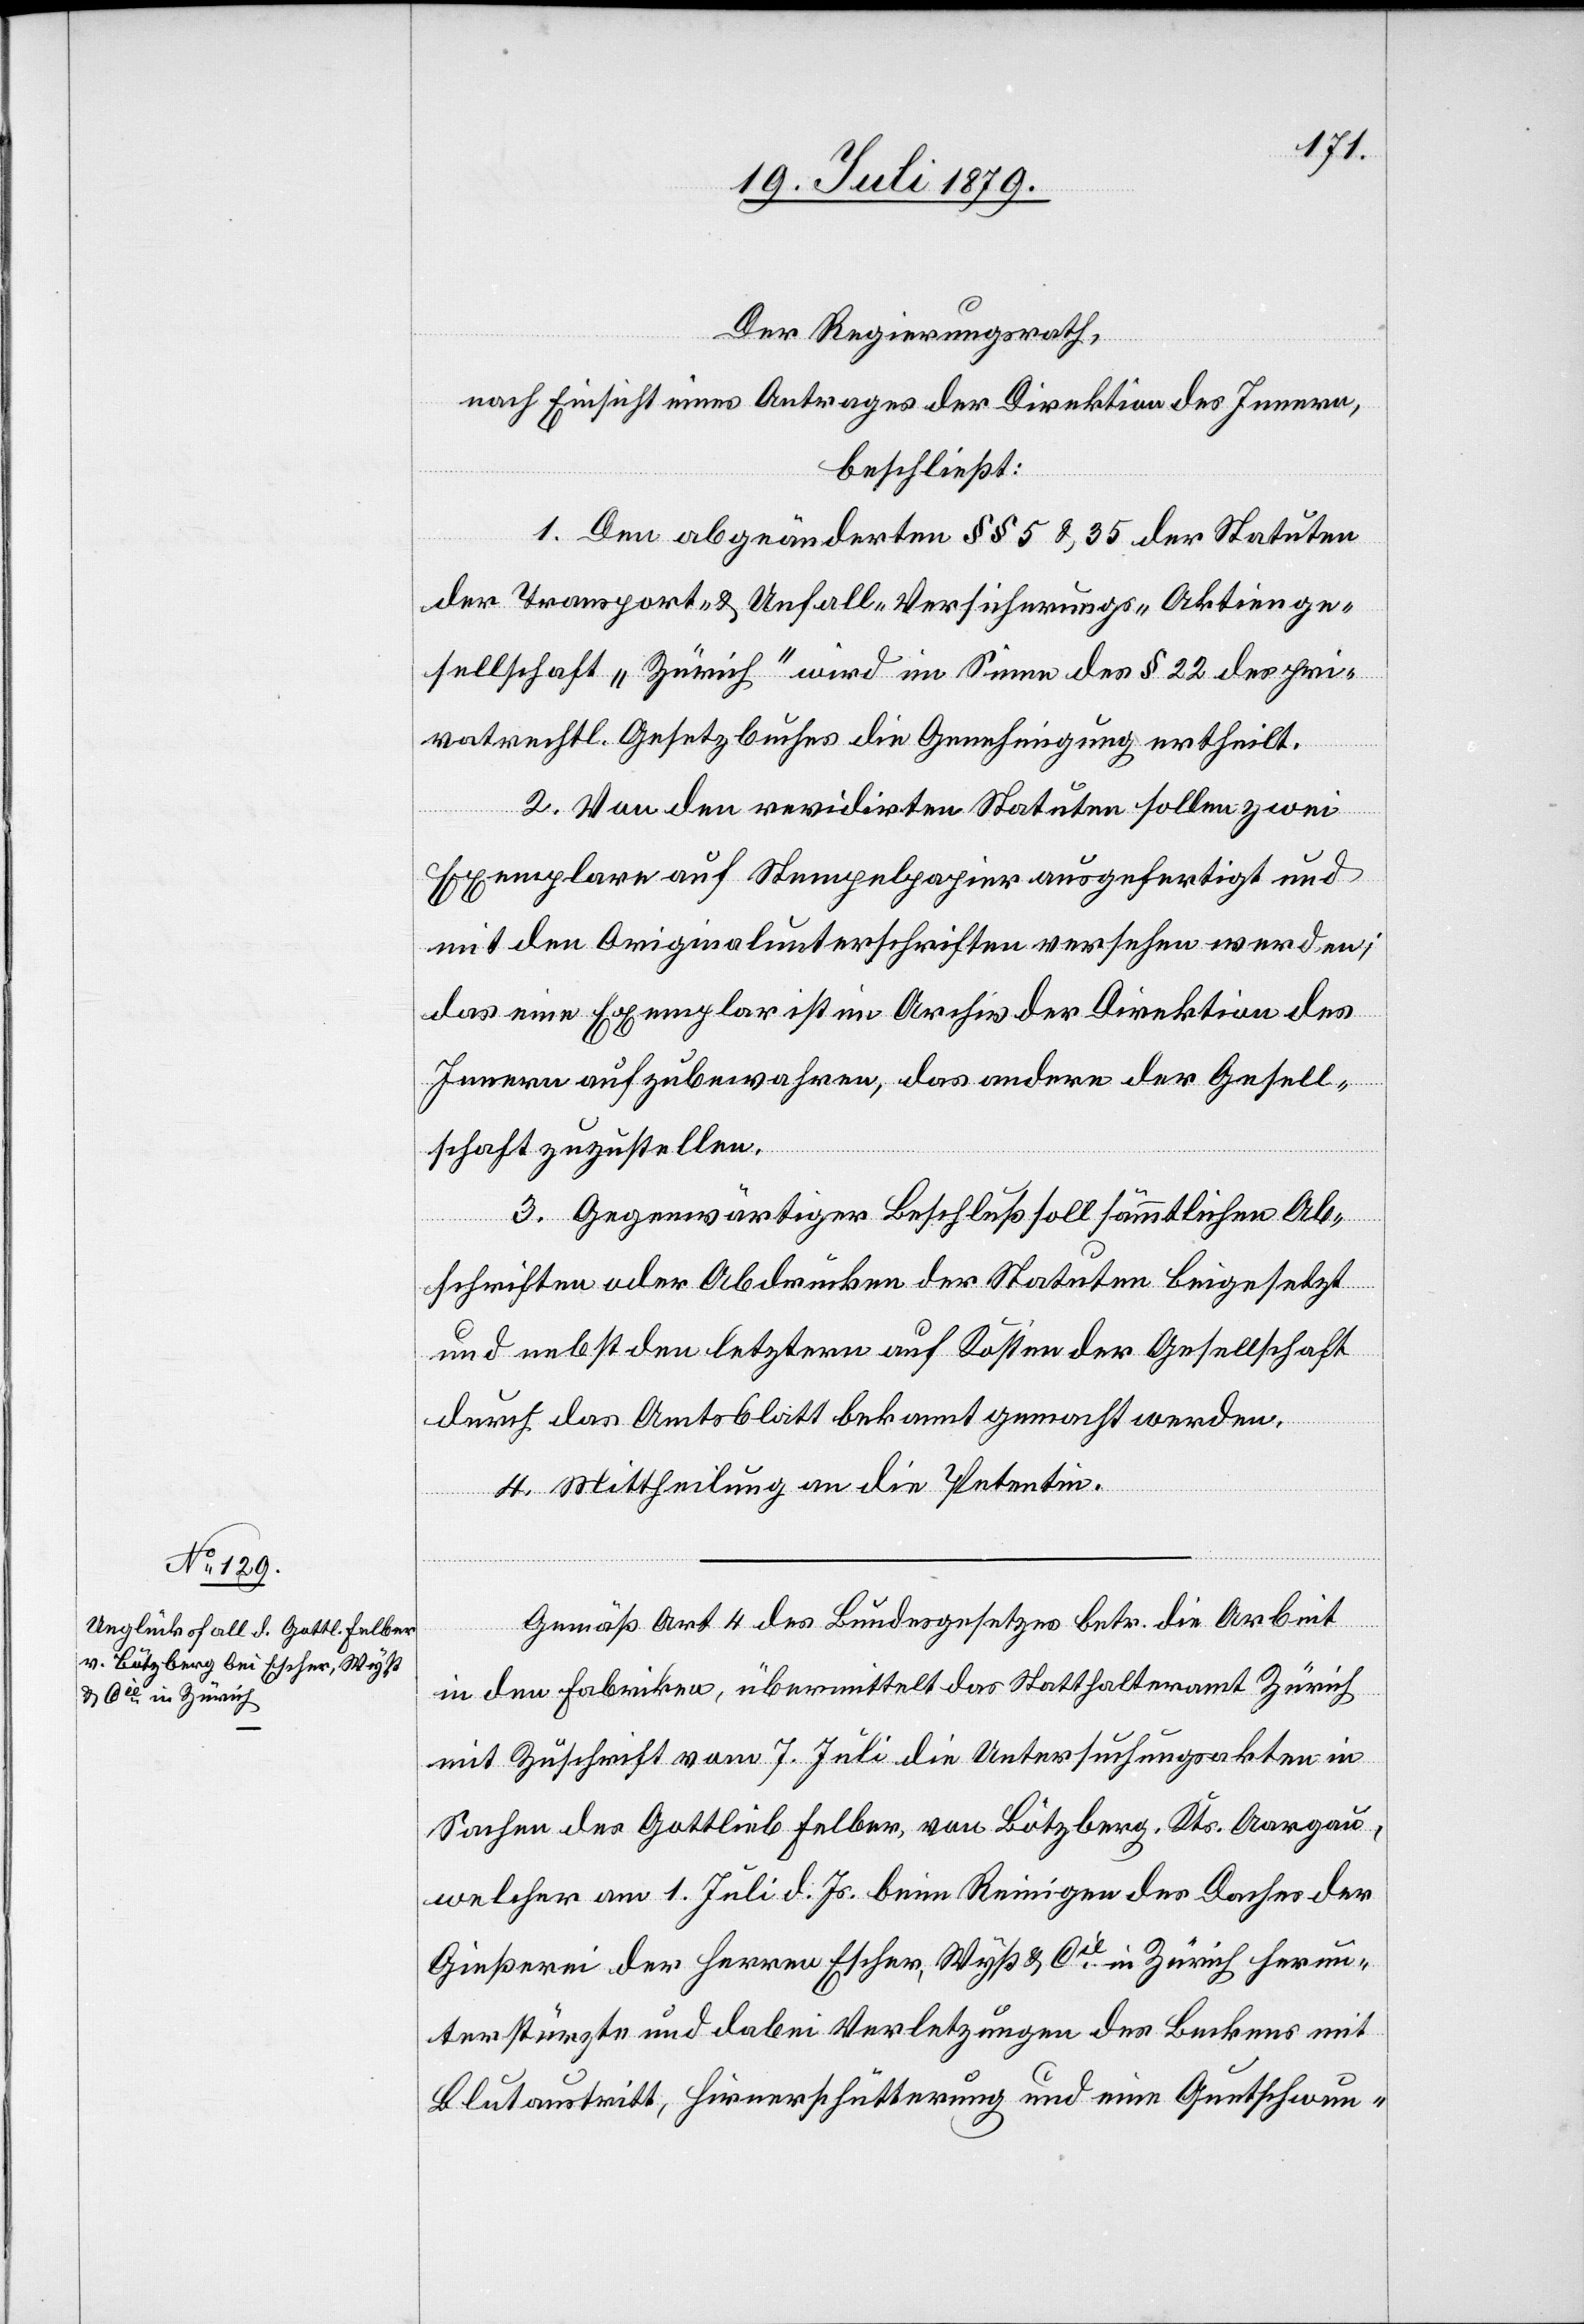
Der Regierungsrath,
nach Einsicht eines Antrages der Direktion des Innern,
beschließt:
1. Den abgeänderten §§ 5 & 35 der Statuten
der Transport- & Unfall-Versicherungs-Aktienge¬
sellschaft „Zürich“ wird im Sinne des § 22 des pri¬
vatrechtl. Gesetzbuches die Genehmigung ertheilt.
2. Von den revidirten Statuten sollen zwei
Exemplare auf Stempelpapier ausgefertigt und
mit den Originalunterschriften versehen werden;
das eine Exemplar ist im Archiv der Direktion des
Innern aufzubewahren, das andere der Gesell¬
schaft zuzustellen.
3. Gegenwärtiger Beschluß soll sämmtlichen Ab¬
schriften oder Abdrücken der Statuten beigesetzt
und nebst den letztern auf Kosten der Gesellschaft
durch das Amtsblatt bekannt gemacht werden.
4. Mittheilung an die Petentin.
Gemäß Art. 4 des Bundesgesetzes betr. die Arbeit
in den Fabriken, übermittelt das Statthalteramt Zürich
mit Zuschrift vom 7. Juli die Untersuchungsakten in
Sachen des Gottlieb Felber, von Bötzberg, Kts. Aargau,
welcher am 1. Juli d. Js. beim Reinigen des Daches der
Gießerei der Herren Escher, Wyß & Cie in Zürich herun¬
terstürzte und dabei Verletzungen des Beckens mit
Blutaustritt, Hirnerschütterung und eine Quetschwun-